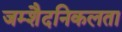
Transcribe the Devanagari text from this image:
जम्‍शैदनिकलता